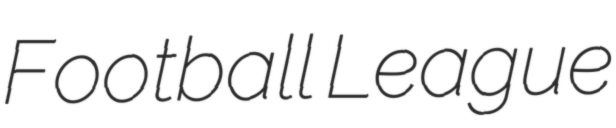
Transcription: Football League